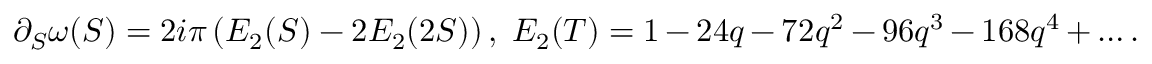
\partial _ { S } \omega ( S ) = 2 i \pi \left( E _ { 2 } ( S ) - 2 E _ { 2 } ( 2 S ) \right) , \; E _ { 2 } ( T ) = 1 - 2 4 q - 7 2 q ^ { 2 } - 9 6 q ^ { 3 } - 1 6 8 q ^ { 4 } + \dots .